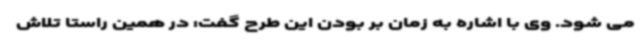
می شود. وی با اشاره به زمان بر بودن این طرح گفت: در همین راستا تلاش